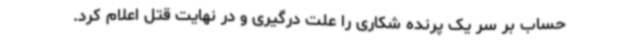
حساب بر سر یک پرنده شکاری را علت درگیری و در نهایت قتل اعلام کرد.